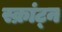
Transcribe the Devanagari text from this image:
स्क्रांट्न